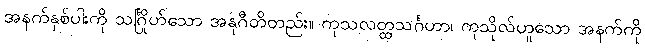
အနက်နှစ်ပါးကို သင်္ဂြိုဟ်သော အနုဂီတိတည်း။ ကုသလတ္ထသင်္ဂဟာ၊ ကုသိုလ်ဟူသော အနက်ကို